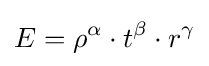
E=\rho ^{\alpha }\cdot t^{\beta }\cdot r^{\gamma }